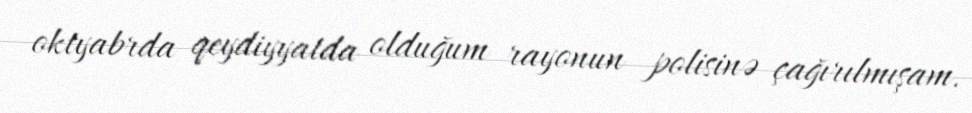
oktyabrda qeydiyyatda olduğum rayonun polisinə çağırılmışam.